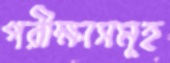
পরীক্ষাসমূহ